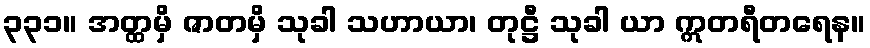
၃၃၁။ အတ္ထမှိ ဇာတမှိ သုခါ သဟာယာ၊ တုဋ္ဌီ သုခါ ယာ ဣတရီတရေန။